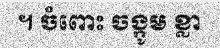
។ ចំពោះ ចង្កូម ខ្លា